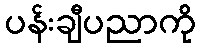
ပန်းချီပညာကို